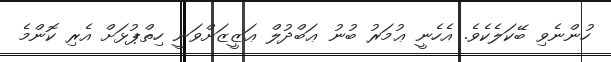
ހުންނެވި ބޭކަލެކެވެ. އެހެނީ ޢުމަރު ބުނު ޢަބްދުލް ޢަޒީޒަށްވަނީ ހިތްޕުޅަށް އެރި ކޮންމެ